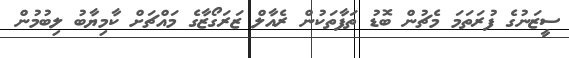
ސީޒަނުގެ ފުރަތަމަ މެޗުން ބޮޑު ތަފާތަކުން ރެއާލް ޒަރަގޯޒާގެ މައްޗަށް ކާމިޔާބު ލިބުމުން